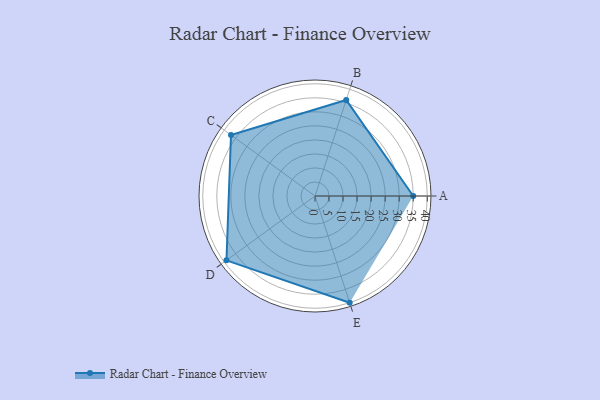
{"axis": {"x": "Skill", "y": "Score"}, "legend": ["Profile"], "data": [{"x": "A", "y": 35.0, "type": "Profile"}, {"x": "B", "y": 36.0, "type": "Profile"}, {"x": "C", "y": 37.0, "type": "Profile"}, {"x": "D", "y": 39.0, "type": "Profile"}, {"x": "E", "y": 40.0, "type": "Profile"}]}